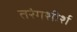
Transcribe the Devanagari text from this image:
तरंगशीर्श